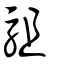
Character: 駔